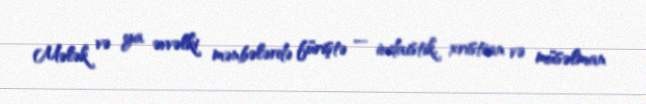
Mələk və ya əvvəlki mənbələrdə füriştə — iudaistik, xristian və müsəlman